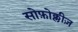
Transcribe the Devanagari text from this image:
सोफ़ोक्लीज़